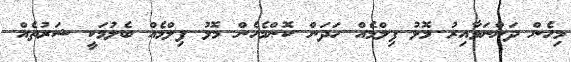
މިހެން ދަންނަވާއިރު މޮޅު ފިލްމެއް ހަދަން ކޮންމެހެން މޮޅު ފިލްމެއް ބެލުމަކީ ޝަރުތެއް